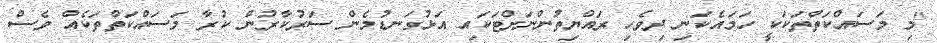
"މި މަސައްކަތްތަކަކީ ހަމައެކަނި ދިވެހި ރައްޔިތުންނަށްޓަކައި އަޅުގަނޑުމެން ސަރުކާރުން ކުރާ މަސައްކަތްތަކެއް ވެސް